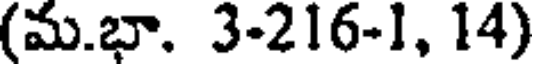
(మ.భా. 3-216-1, 14)